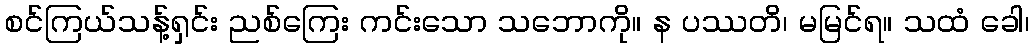
စင်ကြယ်သန့်ရှင်း ညစ်ကြေး ကင်းသော သဘောကို။ န ပဿတိ၊ မမြင်ရ။ သထံ ခေါ၊